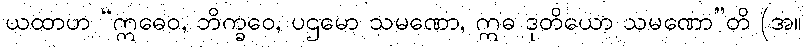
ယထာဟ “ဣဓေဝ, ဘိက္ခဝေ, ပဌမော သမဏော, ဣဓ ဒုတိယော သမဏော”တိ (အ။